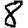
Digit: 8